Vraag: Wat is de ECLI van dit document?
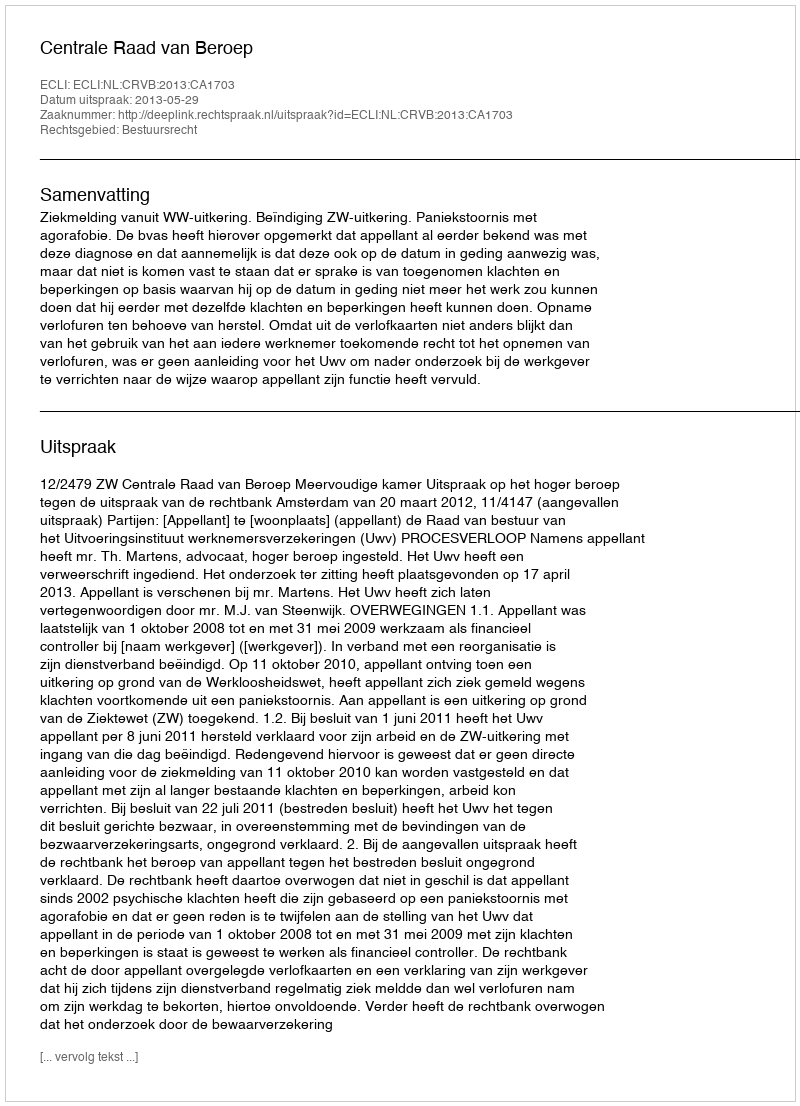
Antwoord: ECLI:NL:CRVB:2013:CA1703